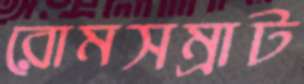
রোমসম্রাট